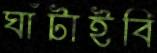
ঘাঁটাইবি